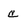
Character: C